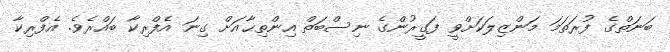
ބަނަތްގެ ފުރަތަމަ މަންޒިލަކަށްވީ ފަގީރުންގެ ނިސްބަތް އިންތިޙާއަށް ގިނަ އެފްރިކާ ބައްރެވެ. އެފްރިކާ